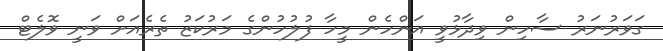
ގަވަރުނަރު ސާހިން ވިދާޅުވީ އަންހެން މީހާ ފުލުހުންގެ މަރުކަޒު ތެރެއަށް ވަނީ ވޮލެޓް